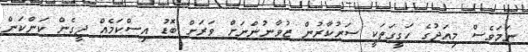
ނަމަވެސް މިއަދުގެ ހަގީގަތަކީ ސަރުކާރުން ޒުވާނުންނަށް ވަރަށް ބޮޑު އިސްކަމެއް ދީގެން ކަންކަން